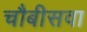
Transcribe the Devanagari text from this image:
चौबीसवा